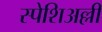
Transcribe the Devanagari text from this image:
स्पेशिअल्ली